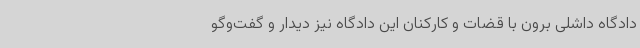
دادگاه داشلی برون با قضات و کارکنان این دادگاه نیز دیدار و گفت‌وگو